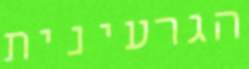
הגרעינית